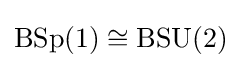
\operatorname {BSp} (1)\cong \operatorname {BSU} (2)